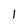
Character: 1